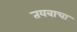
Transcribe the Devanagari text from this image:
तयबाचा